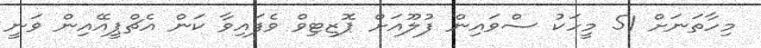
މިހާތަނަށް 51 މީހަކު ސްވައިން ފުލޫއަށް ޕޮޒިޓިވް ވެފައިވާ ކަން އެޗްޕީއޭއިން ވަނީ